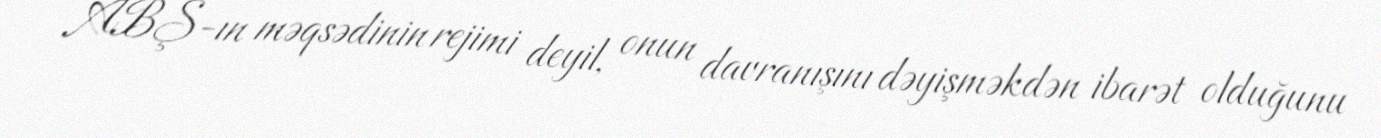
ABŞ-ın məqsədinin rejimi deyil, onun davranışını dəyişməkdən ibarət olduğunu